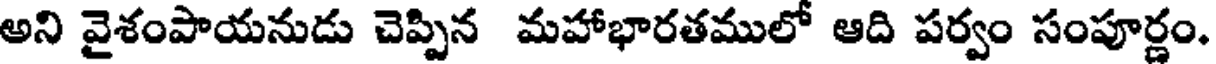
అని వైశంపాయనుడు చెప్పిన మహాభారతములో ఆది పర్వం సంపూర్ణం.